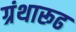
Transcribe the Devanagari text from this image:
ग्रंथारूढ